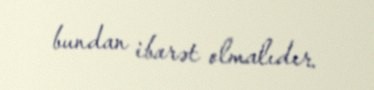
bundan ibarət olmalıdır.